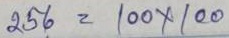
256 = 100 x 100